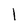
Character: l